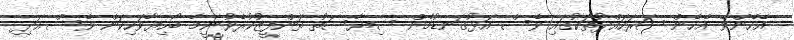
އެހެންވެ އެހެން ސަރަހައްދުތަކުގައި ވެސް އަޅުގަނޑުމެން ސިޔާސަތު ތަންފީޒުކުރެވުނީމާ ބޯހިޔާވަހިކަން ވެސް އަދި